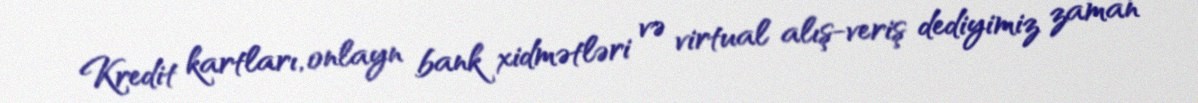
Kredit kartları, onlayn bank xidmətləri və virtual alış-veriş dediyimiz zaman